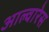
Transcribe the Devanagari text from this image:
आल्वारेस